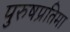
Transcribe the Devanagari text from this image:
पुरुषप्रतिमा